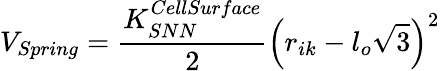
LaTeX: V_{Spring}=\frac{K_{SNN}^{CellSurface}}{2}\left(r_{ik}-{l_{o}}\sqrt{3}\right)^{2}